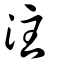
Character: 注